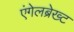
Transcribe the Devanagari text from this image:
एंगेलब्रेख्ट